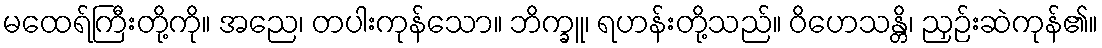
မထေရ်ကြီးတို့ကို။ အညေ၊ တပါးကုန်သော။ ဘိက္ခူ၊ ရဟန်းတို့သည်။ ဝိဟေသန္တိ၊ ညှဉ်းဆဲကုန်၏။